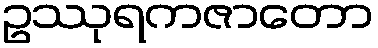
ဥဿုရကဇာတော